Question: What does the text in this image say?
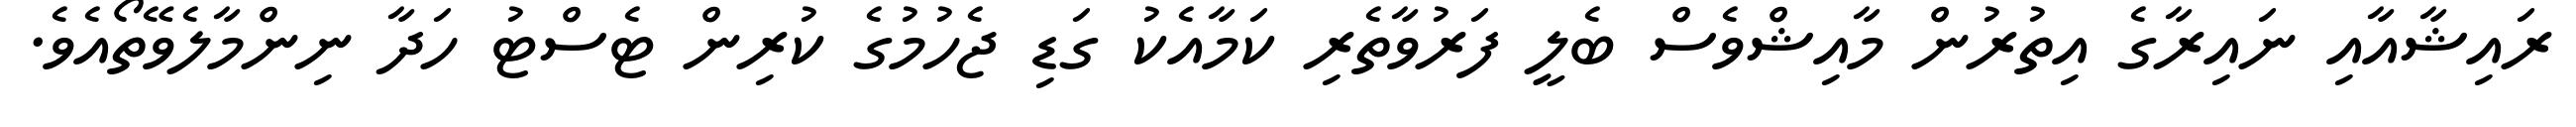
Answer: ރައިޝާއާއި ނައިރާގެ އިތުރުން މާއިޝްވެސް ބެލީ ފަރުވާތެރި ކަމާއެކު ގަޑި ޖެހުމުގެ ކުރިން ޓެސްޓު ހަދާ ނިންމާލެވޭތޯއެވެ.